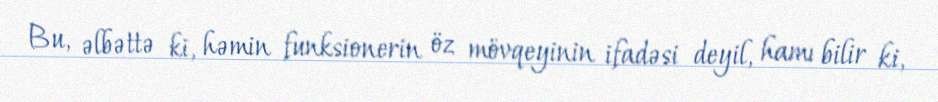
Bu, əlbəttə ki, həmin funksionerin öz mövqeyinin ifadəsi deyil, hamı bilir ki,